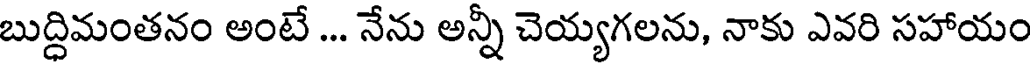
బుద్ధిమంతనం అంటే ... నేను అన్నీ చెయ్యగలను, నాకు ఎవరి సహాయం